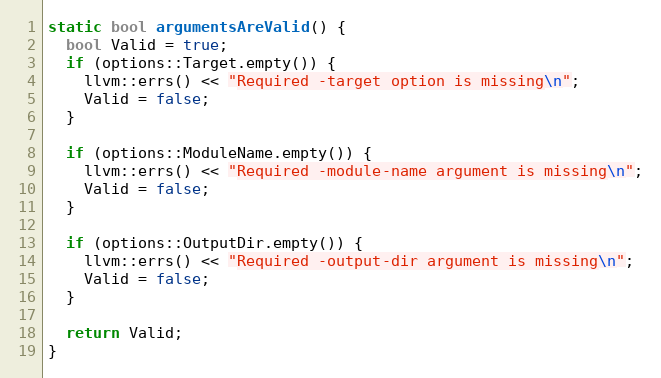
Language: C++
static bool argumentsAreValid() {
  bool Valid = true;
  if (options::Target.empty()) {
    llvm::errs() << "Required -target option is missing\n";
    Valid = false;
  }

  if (options::ModuleName.empty()) {
    llvm::errs() << "Required -module-name argument is missing\n";
    Valid = false;
  }

  if (options::OutputDir.empty()) {
    llvm::errs() << "Required -output-dir argument is missing\n";
    Valid = false;
  }

  return Valid;
}